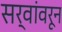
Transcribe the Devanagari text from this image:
सर्वांवरून